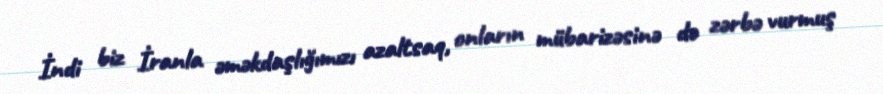
İndi biz İranla əməkdaşlığımızı azaltsaq, onların mübarizəsinə də zərbə vurmuş